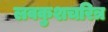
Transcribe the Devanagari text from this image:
लवकुशचरित्र